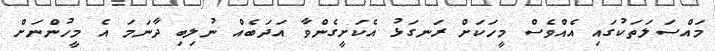
މައްސަލަތަކުގައި އެއްވެސް މީހަކަށް ރަނގަޅު އެކަށީގެންވާ އަދަބެއް ނުލިބި ދާނަމަ އެ މީހުންނަށް